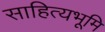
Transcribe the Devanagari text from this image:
साहित्यभूमि